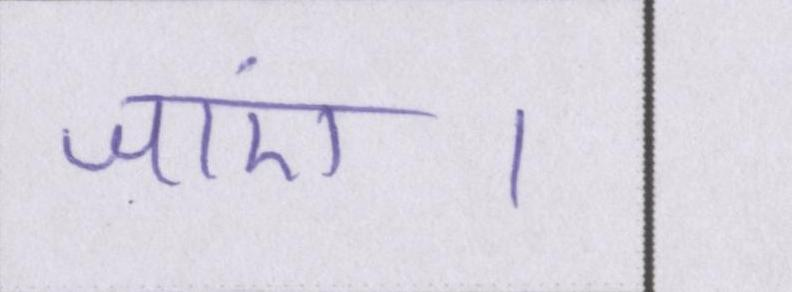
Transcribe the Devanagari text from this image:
जाएं।